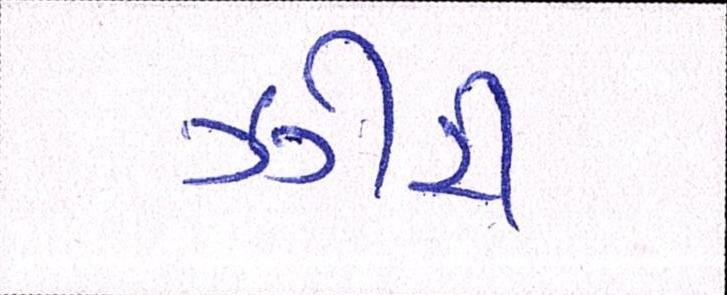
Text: ઝીરો